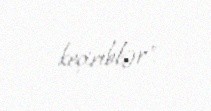
keçiriblər".